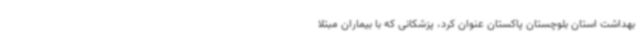
بهداشت استان بلوچستان پاکستان عنوان کرد، پزشکانی که با بیماران مبتلا